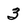
Character: 3